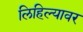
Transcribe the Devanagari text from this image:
लिहिल्यावर